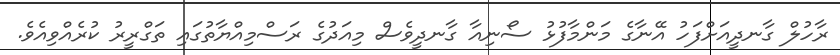
ރާހުލް ގާނދީއަށްފަހު އޭނާގެ މަންމާފުޅު ސޯނިއާ ގާނދީވެސް މިއަދުގެ ރަސްމިއްޔާތުގައި ތަގްރީރު ކުރެއްވިއެވެ.